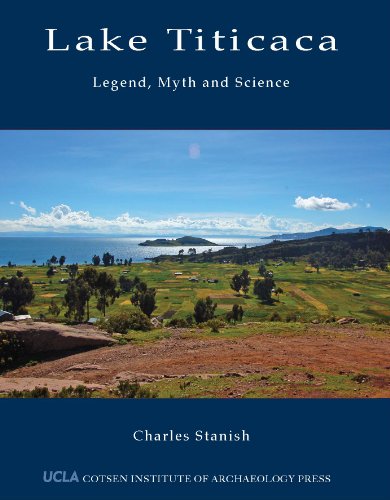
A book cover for Lake Titicaca: Legend, Myth and Science (WORLD HERITAGE AND MONUMENT SERIES); Charles Stanish; Travel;